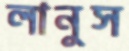
লানুস